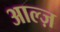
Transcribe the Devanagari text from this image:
आल्ज़